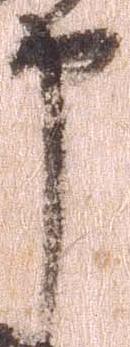
申